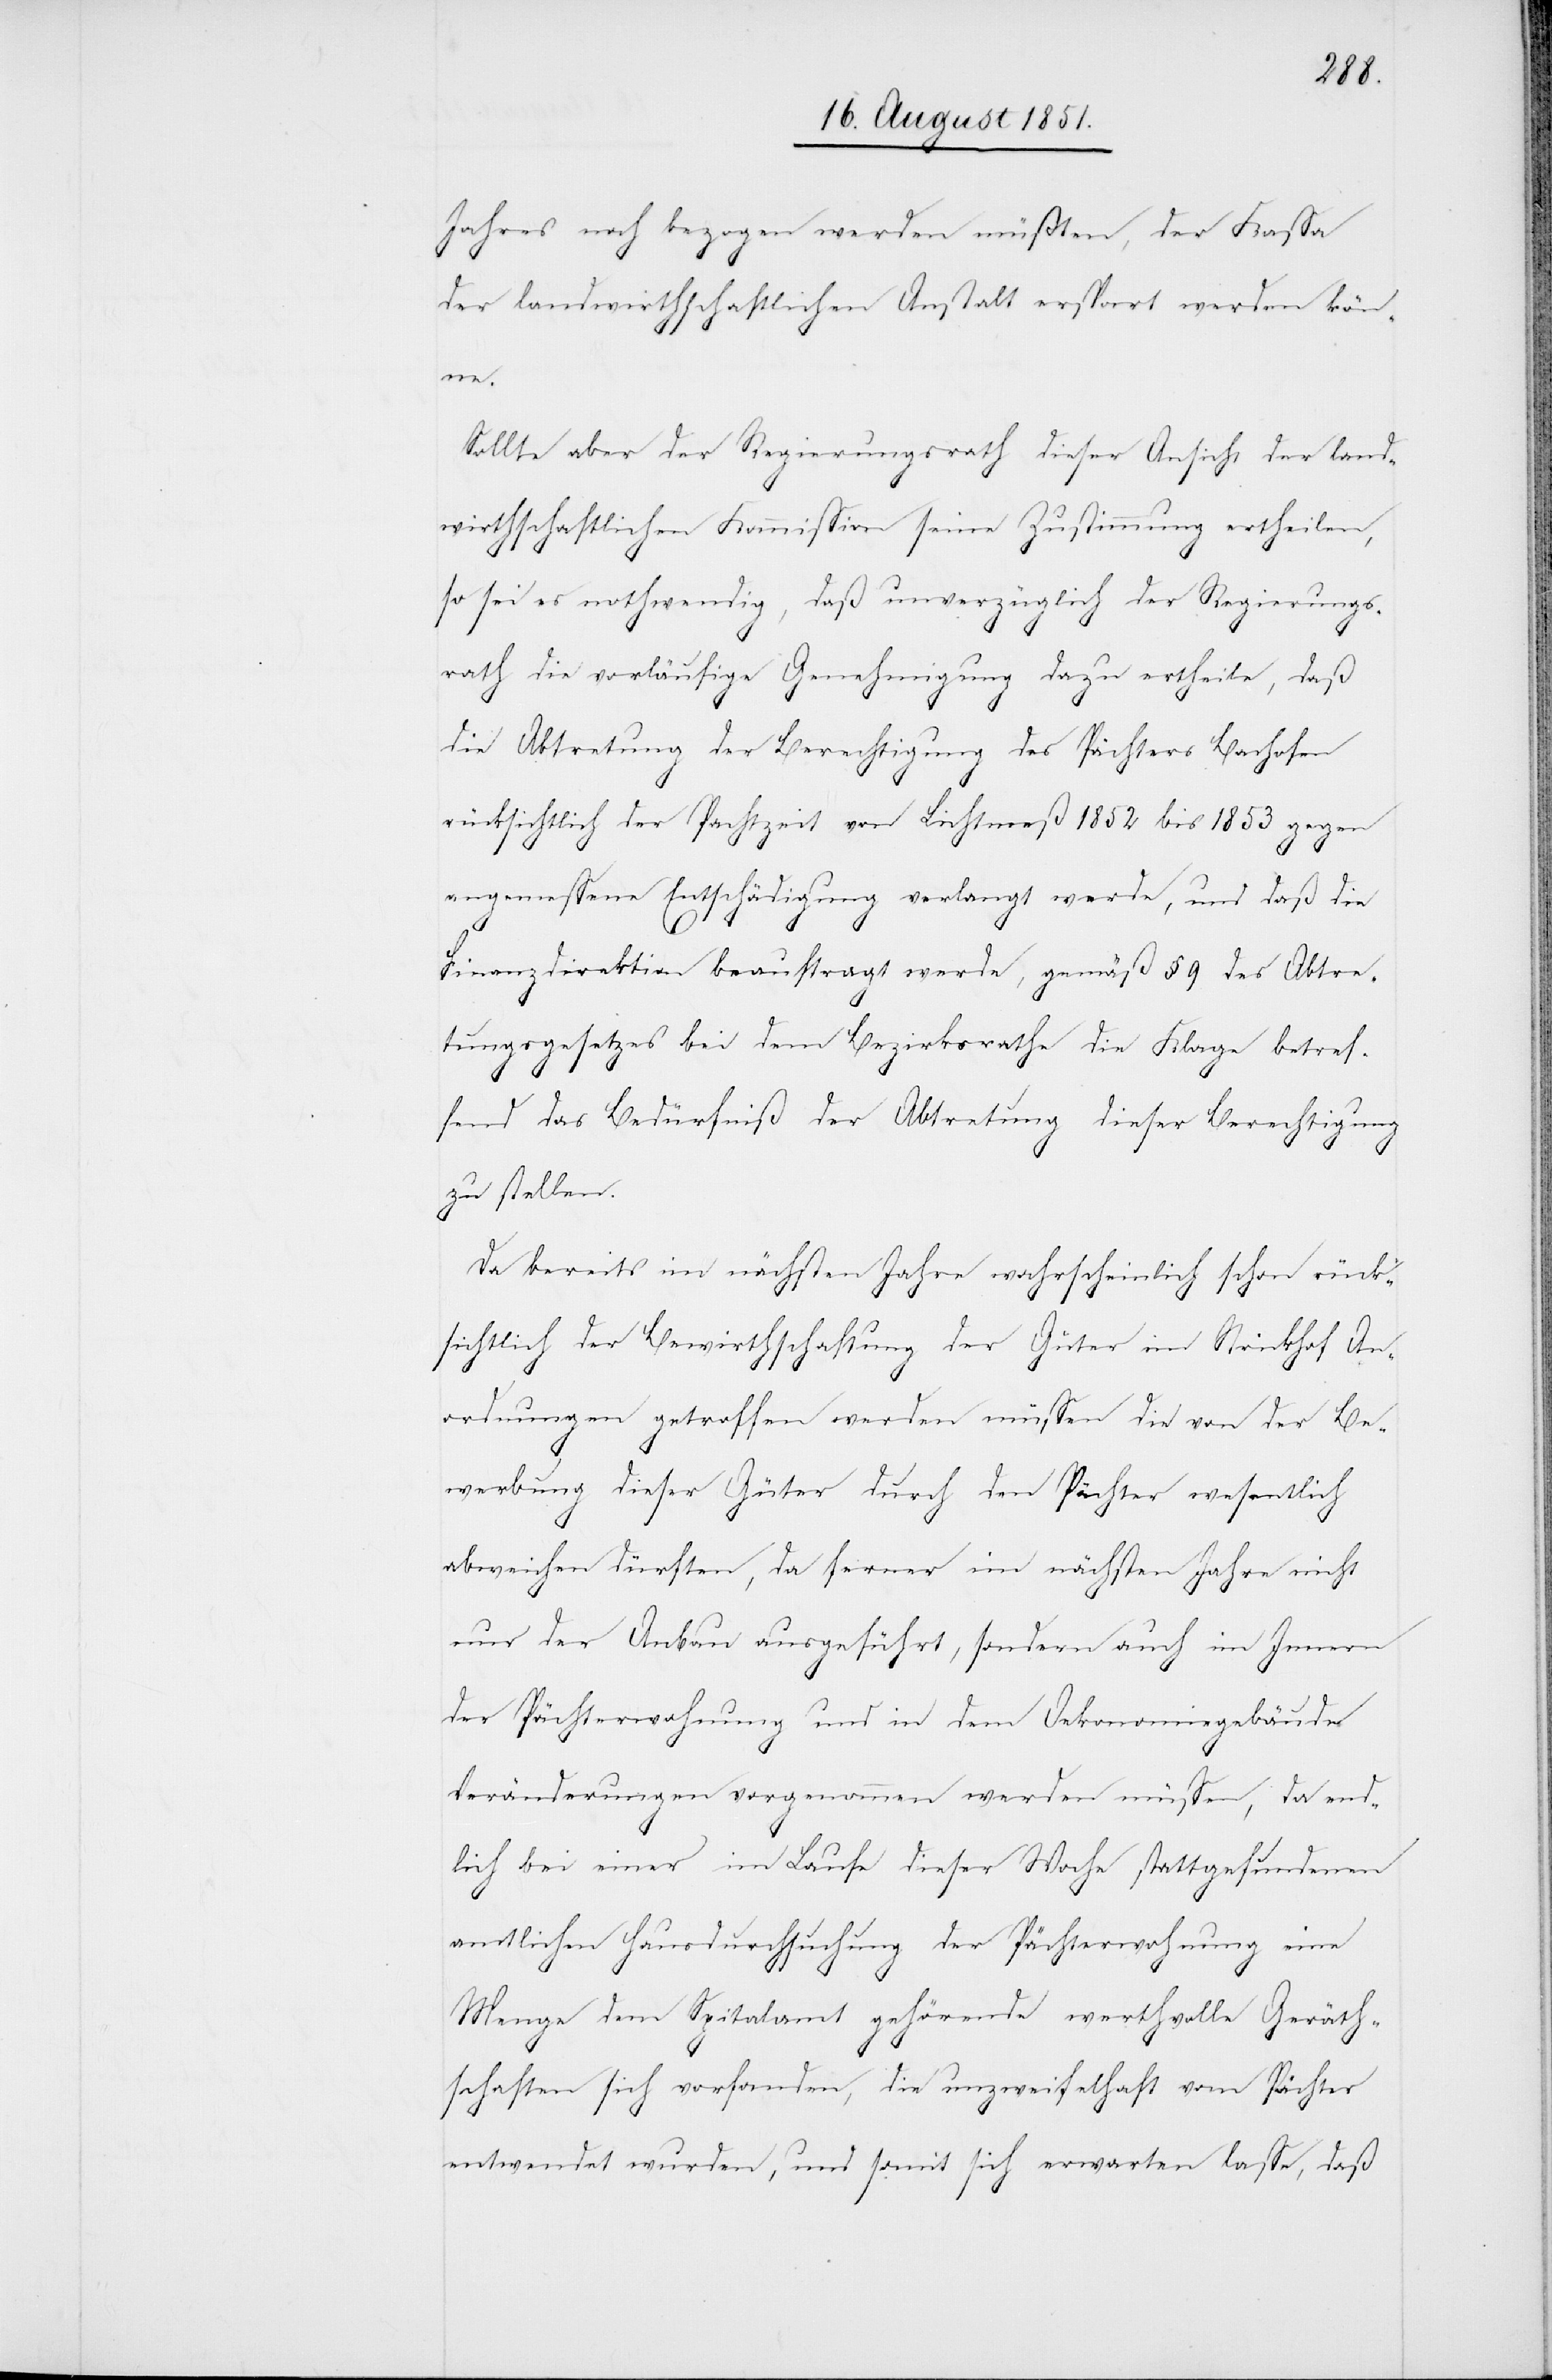
Jahres noch bezogen werden müßten, der Kaßa
der landwirthschaftlichen Anstalt erspart werden kön¬
ne.
Sollte aber der Regierungsrath dieser Ansicht der land¬
wirthschaftlichen Kommission seine Zustimmung ertheilen,
so sei es nothwendig, daß unverzüglich der Regierungs¬
rath die vorläufige Genehmigung dazu ertheile, daß
die Abtretung der Berechtigung des Pächters Bachofen
rücksichtlich der Pachtzeit von Lichtmeß 1852 bis 1853 gegen
angemessene Entschädigung verlangt werde, und daß die
Finanzdirektion beauftragt werde, gemäß § 9 des Abtre¬
tungsgesetzes bei dem Bezirksrathe die Klage betref¬
fend das Bedürfniß der Abtretung dieser Berechtigung
zu stellen.
Da bereits im nächsten Jahre wahrscheinlich schon rück¬
sichtlich der Bewirthschaftung der Güter im Strickhof An¬
ordnungen getroffen werden müssen die von der Be¬
werbung dieser Güter durch den Pächter wesentlich
abweichen dürften, da ferner im nächsten Jahre nicht
nur der Anbau ausgeführt, sondern auch im Innern
der Pächterwohnung und in dem Oekonomiegebäude
Veränderungen vorgenommen werden müssen, da end¬
lich bei einer im Laufe dieser Woche stattgefundenen
amtlichen Hausdurchsuchung der Pächterwohnung eine
Menge dem Spitalamt gehörende werthvolle Geräth¬
schaften sich vorfanden, die unzweifelhaft vom Pächter
entwendet wurden, und somit sich erwarten lasse, daß